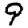
Digit: 9